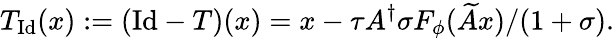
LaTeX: T_{\mathrm{Id}}(x):=(\mathrm{Id}-T)(x)=x-\tau A^{\dagger}\sigma F_{\phi}(\widetilde{A}x)/(1+\sigma).